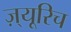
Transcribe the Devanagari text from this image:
ज़्यूरिच